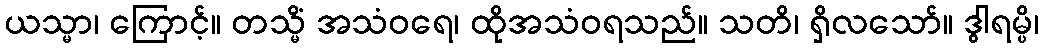
ယသ္မာ၊ ကြောင့်။ တသ္မိံ အသံဝရေ၊ ထိုအသံဝရသည်။ သတိ၊ ရှိလသော်။ ဒွါရမ္ပိ၊